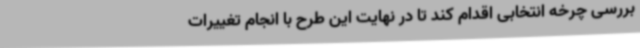
بررسی چرخه انتخابی اقدام کند تا در نهایت این طرح با انجام تغییرات